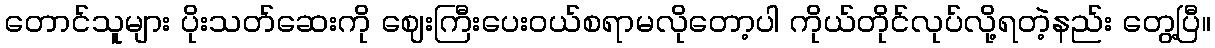
တောင်သူများ ပိုးသတ်ဆေးကို ဈေးကြီးပေးဝယ်စရာမလိုတော့ပါ ကိုယ်တိုင်လုပ်လို့ရတဲ့နည်း တွေ့ပြီ။